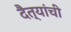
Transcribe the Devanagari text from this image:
दैत्यांची